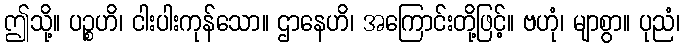
ဤသို့။ ပဉ္စဟိ၊ ငါးပါးကုန်သော။ ဌာနေဟိ၊ အကြောင်းတို့ဖြင့်။ ဗဟုံ၊ မျာစွာ။ ပုညံ၊